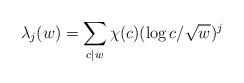
LaTeX: \begin{align*} \lambda_j(w)=\sum_{c\mid w}\chi(c)(\log{c/\sqrt{w}})^j\end{align*}